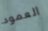
العمود